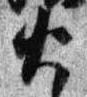
火